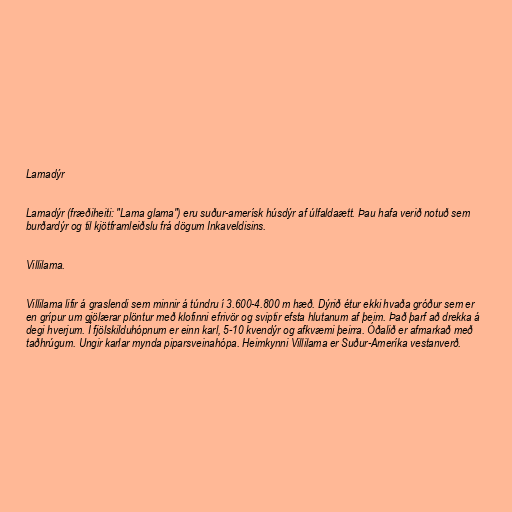
Lamadýr

Lamadýr (fræðiheiti: "Lama glama") eru suður-amerísk húsdýr af úlfaldaætt. Þau hafa verið notuð sem
burðardýr og til kjötframleiðslu frá dögum Inkaveldisins.

Villilama.

Villilama lifir á graslendi sem minnir á túndru í 3.600-4.800 m hæð. Dýrið étur ekki hvaða gróður sem er
en grípur um gjölærar plöntur með klofinni efrivör og sviptir efsta hlutanum af þeim. Það þarf að drekka á
degi hverjum. Í fjölskilduhópnum er einn karl, 5-10 kvendýr og afkvæmi þeirra. Óðalið er afmarkað með
taðhrúgum. Ungir karlar mynda piparsveinahópa. Heimkynni Villilama er Suður-Ameríka vestanverð.